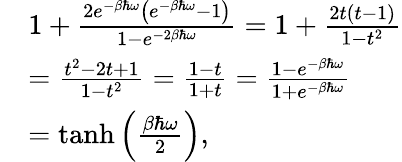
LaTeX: \begin{array}{rl}&{1+\frac{2e^{-\beta\hbar\omega}\left(e^{-\beta\hbar\omega}-1\right)}{1-e^{-2\beta\hbar\omega}}=1+\frac{2t(t-1)}{1-t^{2}}}\\ &{=\frac{t^{2}-2t+1}{1-t^{2}}=\frac{1-t}{1+t}=\frac{1-e^{-\beta\hbar\omega}}{1+e^{-\beta\hbar\omega}}}\\ &{=\operatorname{tanh}\left(\frac{\beta\hbar\omega}{2}\right),}\end{array}